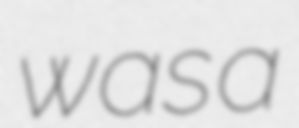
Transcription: was a